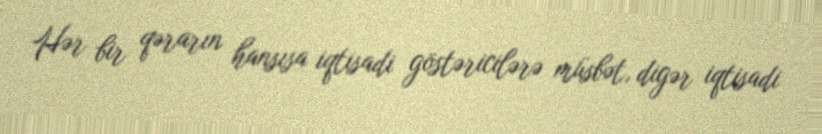
Hər bir qərarın hansısa iqtisadi göstəricilərə müsbət, digər iqtisadi